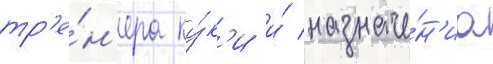
тр'е́н'ера ку́к'и и́ назначе́н'иа